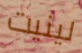
لينيت